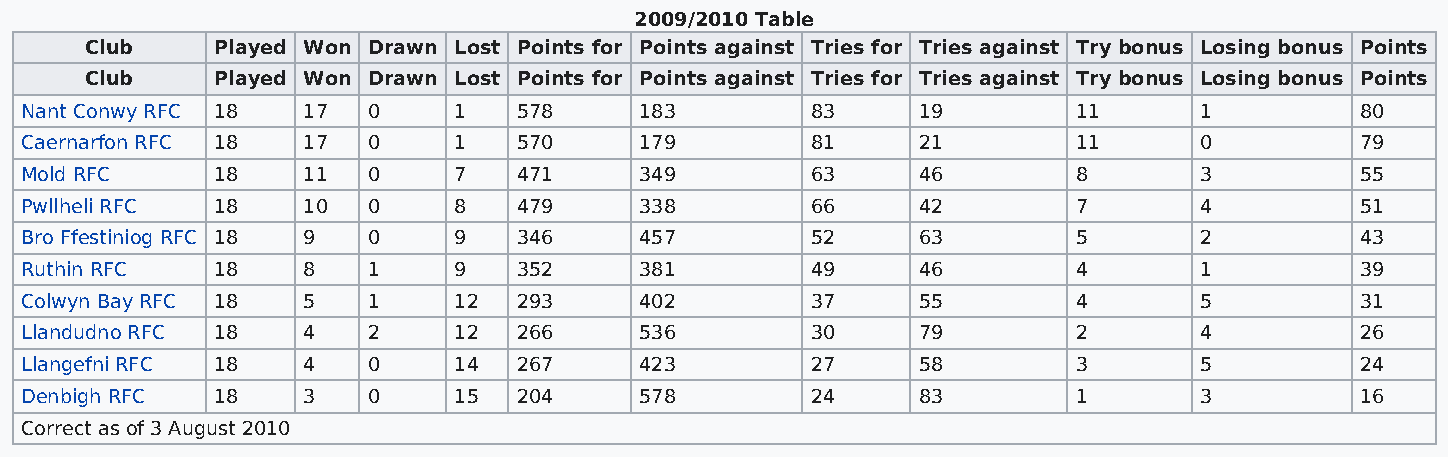
2009/2010 Table
 Club    Played Won Drawn Lost Points for Points against Tries for Tries against Try bonus Losing bonus Points
 Club    Played Won Drawn Lost Points for Points against Tries for Tries against Try bonus Losing bonus Points
 Nant Conwy RFC 18  17  0     1   578     183         83     19        11      1          80
 Caernarfon RFC 18  17  0     1   570     179         81     21        11      0          79
 Mold RFC     18    11  0     7   471     349         63     46        8       3          55
 Pwllheli RFC 18    10  0     8   479     338         66     42        7       4          51
 Bro Ffestiniog RFC 18 9 0    9   346     457         52     63        5       2          43
 Ruthin RFC   18    8   1     9   352     381         49     46        4       1          39
 Colwyn Bay RFC 18  5   1     12  293     402         37     55        4       5          31
 Llandudno RFC 18   4   2     12  266     536         30     79        2       4          26
 Llangefni RFC 18   4   0     14  267     423         27     58        3       5          24
 Denbigh RFC  18    3   0     15  204     578         24     83        1       3          16
 Correct as of 3 August 2010